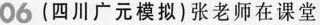
06 (四川广元模拟)张老师在课堂